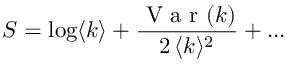
S = \log \langle k \rangle + \frac { \mathrm { ~ V ~ a ~ r ~ } ( k ) } { 2 \, \langle k \rangle ^ { 2 } } + . . .